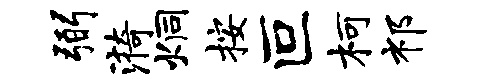
弼漪炯按叵柯祁